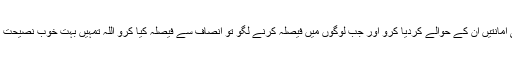
اللہ تم کو حکم دیتا ہے کہ امانت والوں کی امانتیں ان کے حوالے کردیا کرو اور جب لوگوں میں فیصلہ کرنے لگو تو انصاف سے فیصلہ کیا کرو اللہ تمہیں بہت خوب نصیحت کرتا ہے بےشک اللہ سنتا اور دیکھتا ہے۔